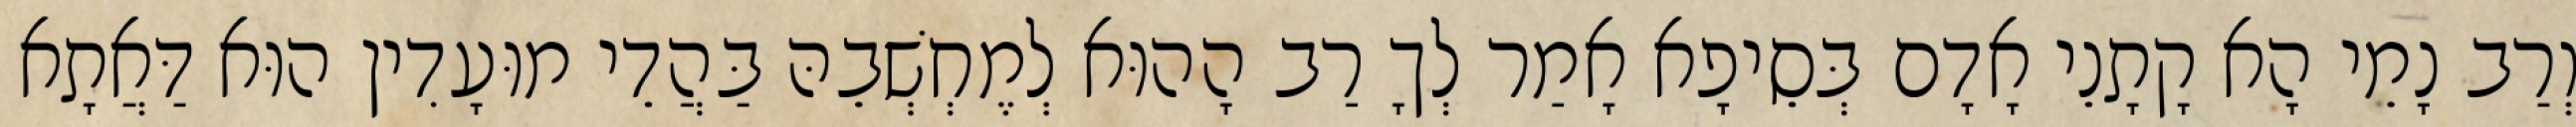
וְרַב נָמֵי הָא קָתָנֵי אָדָם בְּסֵיפָא אָמַר לְךָ רַב הָהוּא לְמֶחְשְׁבֵהּ בַּהֲדֵי מוּעָדִין הוּא דַּאֲתָא